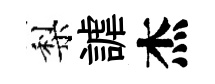
梨謔杰